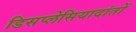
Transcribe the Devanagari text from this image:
डिसप्लेसियादांतों